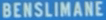
BENSILIMANE